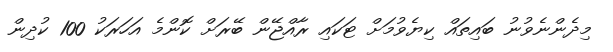
މިދެންނެވުނު ބައިތައް ކިޔެވުމަށް ޓަކައި ރާއްޖޭން ބޭރަށް ކޮންމެ އަހަރަކު 100 ކުދިން